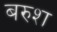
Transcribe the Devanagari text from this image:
बरुश